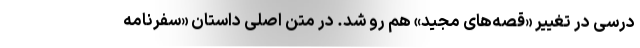
درسی در تغییر «قصه‌های مجید» هم رو شد. در متن اصلی داستان «سفرنامه